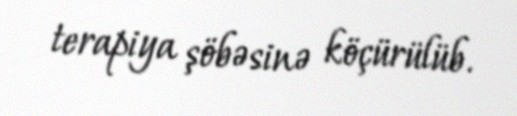
terapiya şöbəsinə köçürülüb.